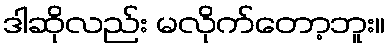
ဒါဆိုလည်း မလိုက်တော့ဘူး။